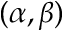
( \alpha , \beta )